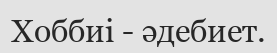
Хоббиі - әдебиет.